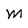
Character: M